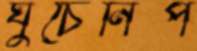
ঘুচেনিপ